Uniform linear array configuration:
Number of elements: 12
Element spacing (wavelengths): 0.5
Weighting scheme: hann
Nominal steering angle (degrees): -45
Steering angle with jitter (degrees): -45.045
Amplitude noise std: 0.05
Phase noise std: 0.05

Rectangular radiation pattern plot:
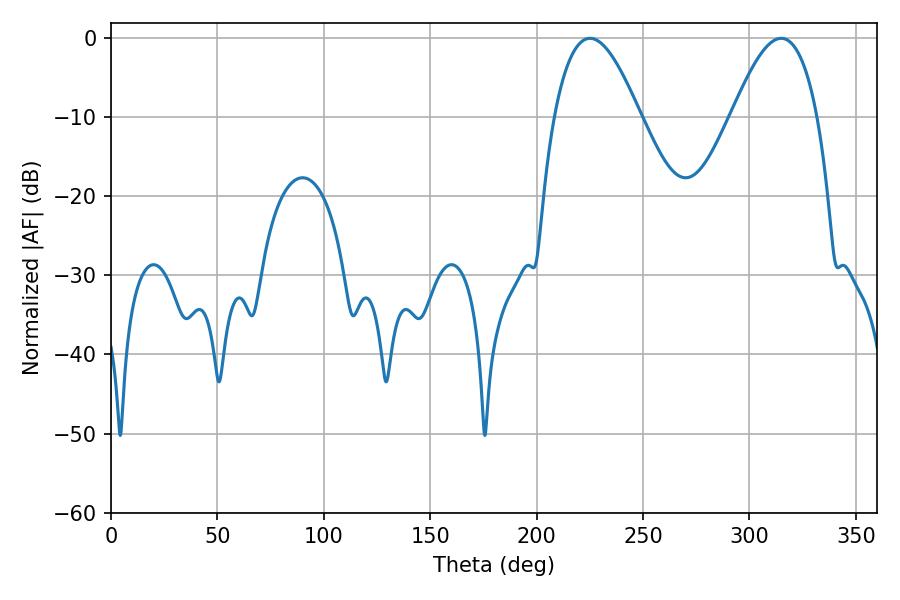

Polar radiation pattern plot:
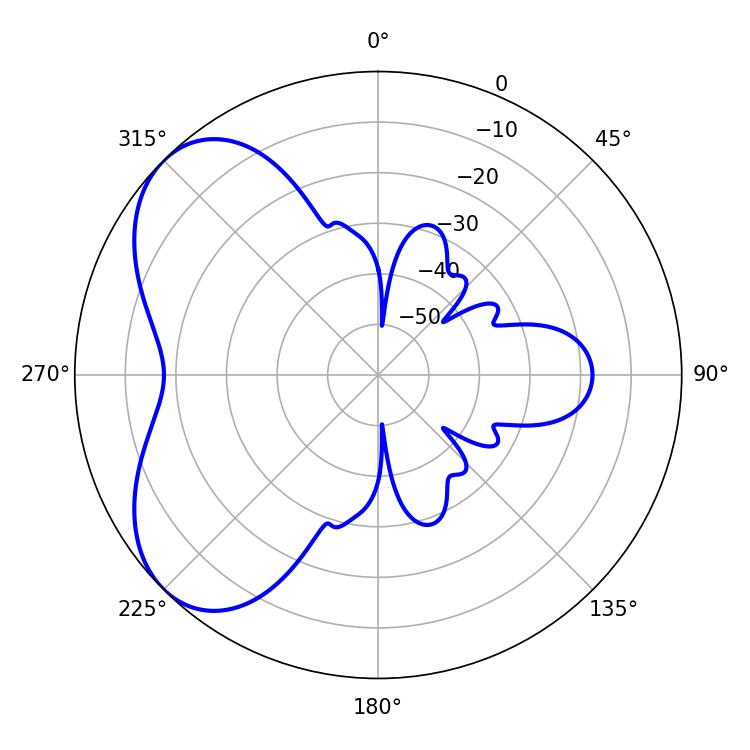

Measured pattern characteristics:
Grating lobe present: FALSE
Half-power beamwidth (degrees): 21.96
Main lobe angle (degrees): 225